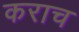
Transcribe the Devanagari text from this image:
कराच